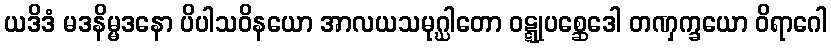
ယဒိဒံ မဒနိမ္မဒနော ပိပါသဝိနယော အာလယသမုဂ္ဃါတော ဝဋ္ဋုပစ္ဆေဒေါ တဏှက္ခယော ဝိရာဂေါ